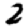
Digit: 2